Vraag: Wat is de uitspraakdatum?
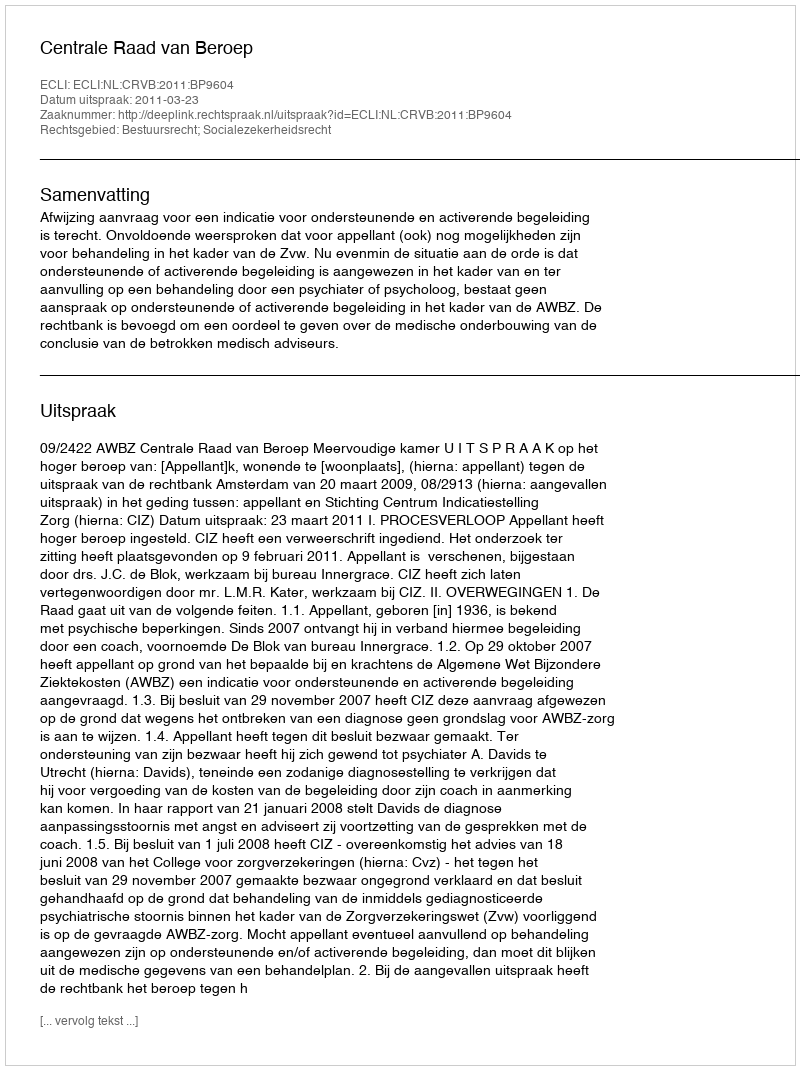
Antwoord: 2011-03-23